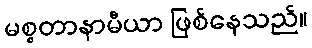
မစ္စတာနာမီယာ ဖြစ်နေသည်။